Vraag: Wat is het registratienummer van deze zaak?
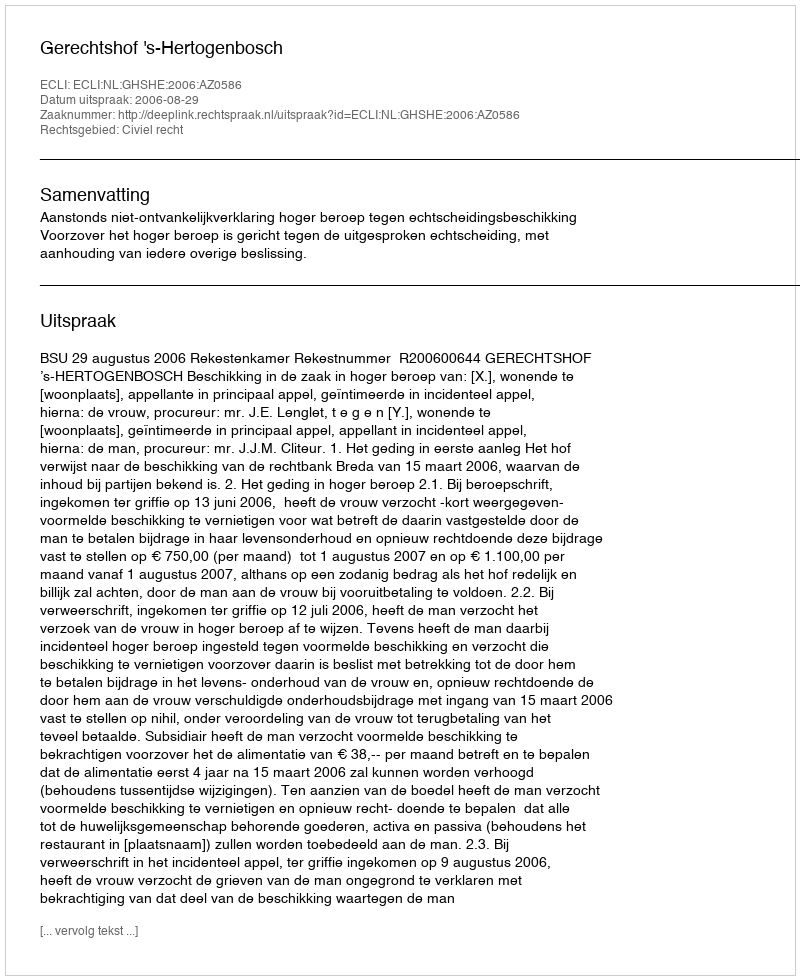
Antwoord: http://deeplink.rechtspraak.nl/uitspraak?id=ECLI:NL:GHSHE:2006:AZ0586